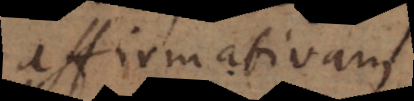
affirmativam